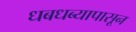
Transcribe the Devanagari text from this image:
धबधब्यापासून